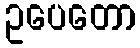
ဥပေတော